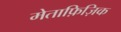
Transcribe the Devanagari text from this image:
मेताफ़िज़िक